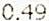
0.49